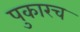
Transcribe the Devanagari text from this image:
पुकारच